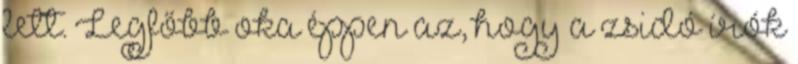
lett. Legfőbb oka éppen az, hogy a zsidó írók